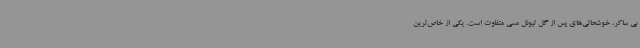
بی ساکر، خوشحالی‌های پس از گل لیونل مسی متفاوت است. یکی از خاص‌ترین